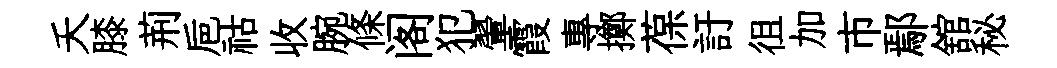
夭膝荊巵祜收腕條阁犯翬霞專擲葆訏徂加市鄢舘秘